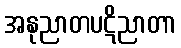
အနုညာတပဋိညာတာ